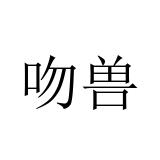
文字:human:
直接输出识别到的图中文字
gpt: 吻兽